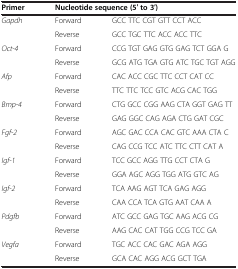
<table><thead><tr><td><b>Primer</b></td><td colspan="2"><b>Nucleotide sequence (5′ to 3′)</b></td></tr></thead><tbody><tr><td rowspan="2"><i>Gapdh</i></td><td>Forward</td><td>GCC TTC CGT GTT CCT ACC</td></tr><tr><td>Reverse</td><td>GCC TGC TTC ACC ACC TTC</td></tr><tr><td rowspan="2"><i>Oct-4</i></td><td>Forward</td><td>CCG TGT GAG GTG GAG TCT GGA G</td></tr><tr><td>Reverse</td><td>GCG ATG TGA GTG ATC TGC TGT AGG</td></tr><tr><td rowspan="2"><i>Afp</i></td><td>Forward</td><td>CAC ACC CGC TTC CCT CAT CC</td></tr><tr><td>Reverse</td><td>TTC TTC TCC GTC ACG CAC TGG</td></tr><tr><td rowspan="2"><i>Bmp-4</i></td><td>Forward</td><td>CTG GCC CGG AAG CTA GGT GAG TT</td></tr><tr><td>Reverse</td><td>GAG GGC CAG AGA CTG GAT CGC</td></tr><tr><td rowspan="2"><i>Fgf-2</i></td><td>Forward</td><td>AGC GAC CCA CAC GTC AAA CTA C</td></tr><tr><td>Reverse</td><td>CAG CCG TCC ATC TTC CTT CAT A</td></tr><tr><td rowspan="2"><i>Igf-1</i></td><td>Forward</td><td>TCC GCC AGG TTG CCT CTA G</td></tr><tr><td>Reverse</td><td>GGA AGC AGG TGG ATG GTC AG</td></tr><tr><td rowspan="2"><i>Igf-2</i></td><td>Forward</td><td>TCA AAG AGT TCA GAG AGG</td></tr><tr><td>Reverse</td><td>CAA CCA TCA GTG AAT CAA A</td></tr><tr><td rowspan="2"><i>Pdgfb</i></td><td>Forward</td><td>ATC GCC GAG TGC AAG ACG CG</td></tr><tr><td>Reverse</td><td>AAG CAC CAT TGG CCG TCC GA</td></tr><tr><td rowspan="2"><i>Vegfa</i></td><td>Forward</td><td>TGC ACC CAC GAC AGA AGG</td></tr><tr><td>Reverse</td><td>GCA CAC AGG ACG GCT TGA</td></tr></tbody></table>